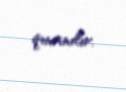
qınanılır.